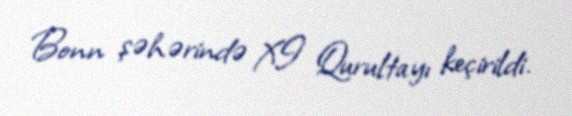
Bonn şəhərində XI Qurultayı keçirildi.